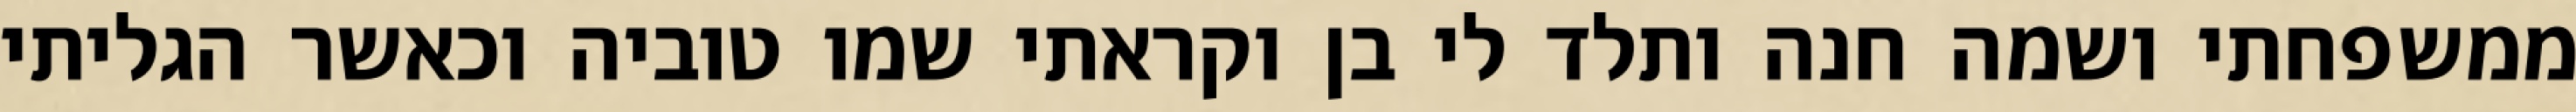
ממשפחתי ושמה חנה ותלד לי בן וקראתי שמו טוביה וכאשר הגליתי